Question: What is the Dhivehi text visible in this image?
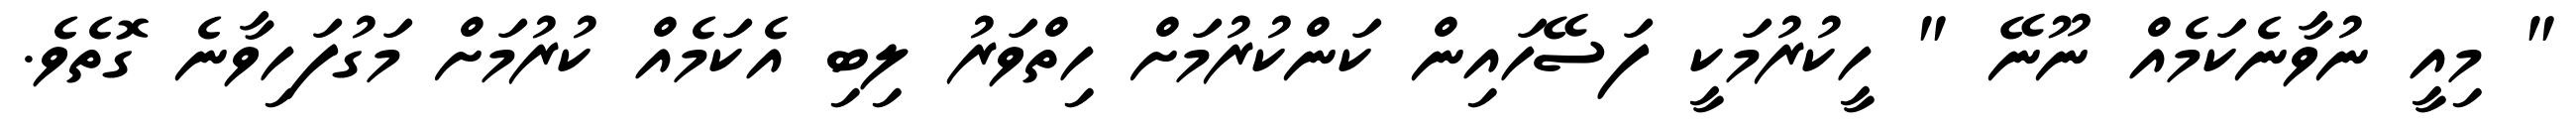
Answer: " މިއީ ނުވާނެކަމެއް ނޫނޭ " ހީކުރުމަކީ ފަސޭހައިން ކަންކުރުމަށް ހިތްވަރު ލިބި އެކަމެއް ކުރުމަށް މަގުފަހިވާނެ ގޮތެވެ.